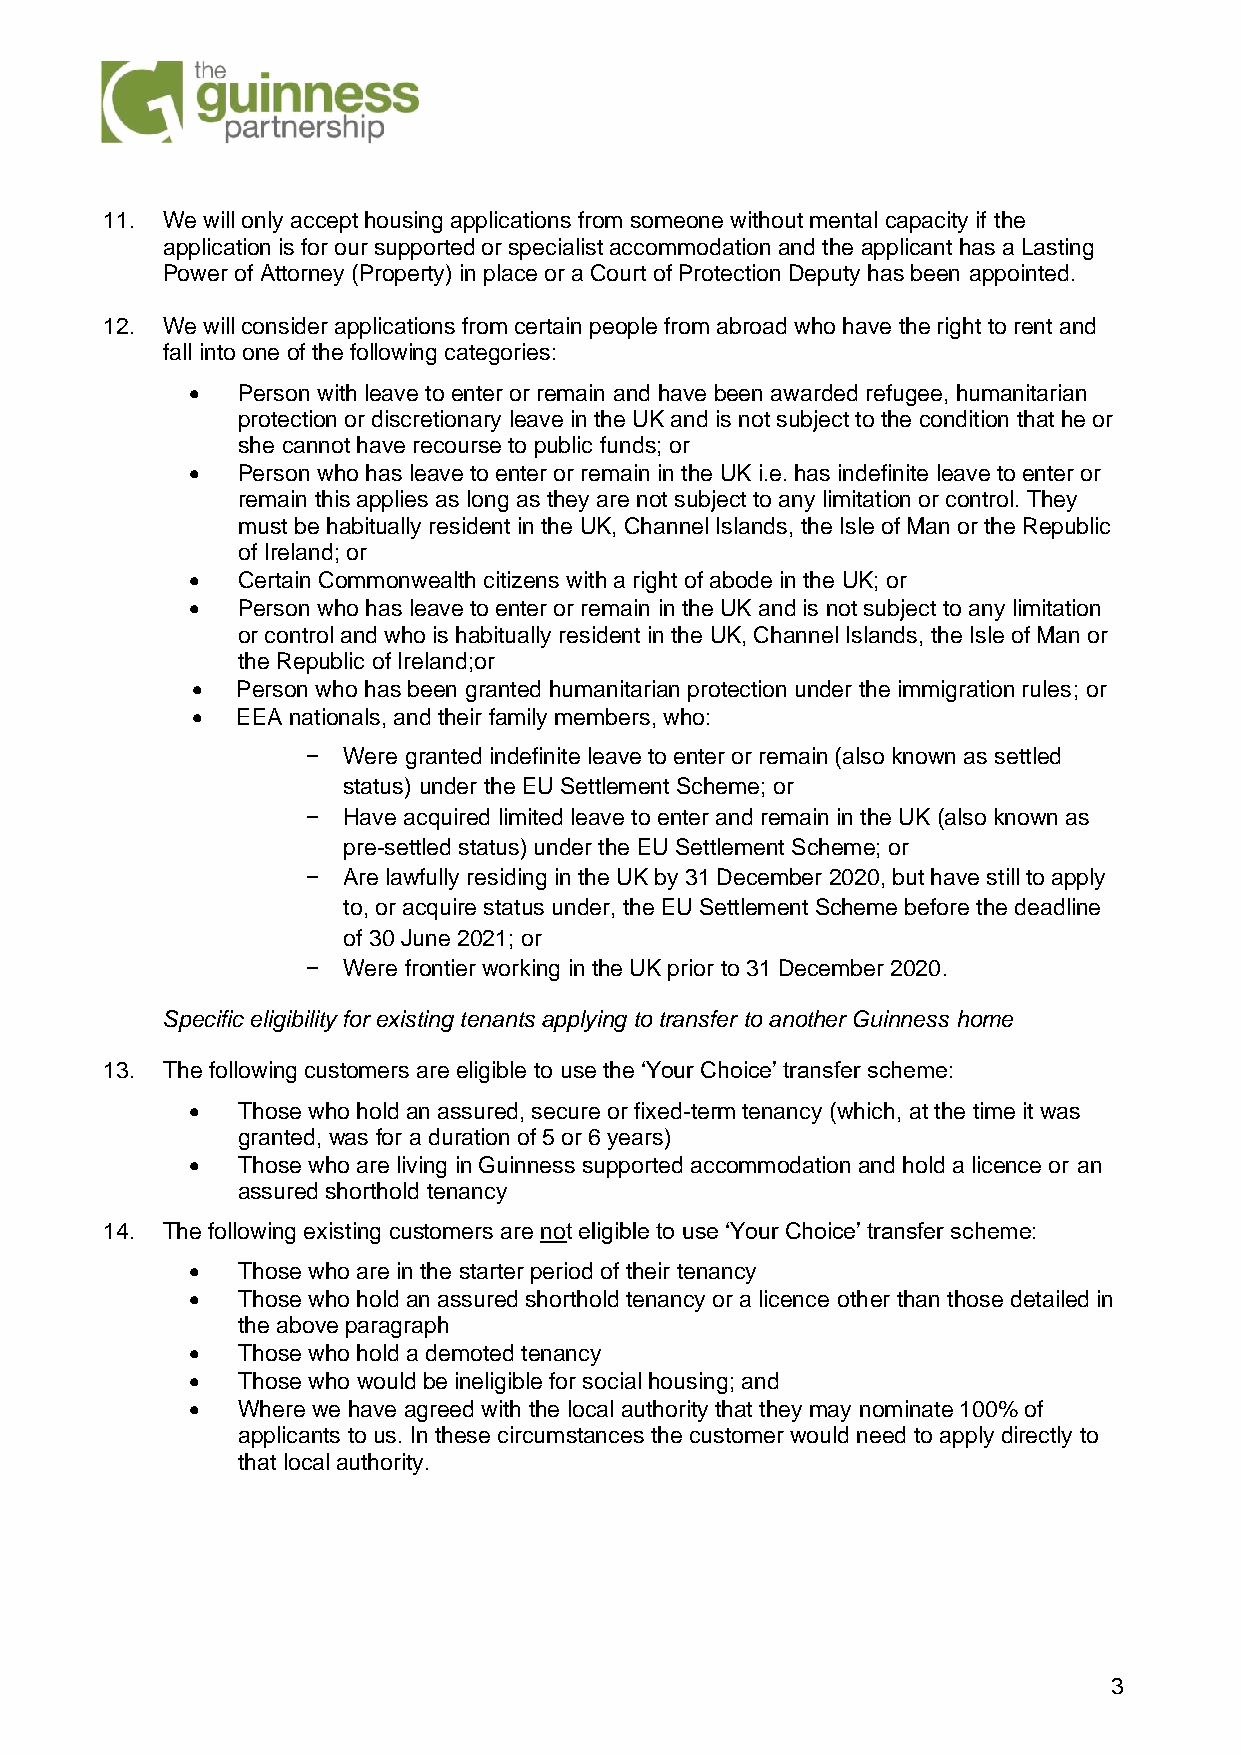
11. We will only accept housing applications from someone without mental capacity if the
 application is for our supported or specialist accommodation and the applicant has a Lasting
 Power of Attorney (Property) in place or a Court of Protection Deputy has been appointed.
 12. We will consider applications from certain people from abroad who have the right to rent and
 fall into one of the following categories:
 •  Person with leave to enter or remain and have been awarded refugee, humanitarian
 protection or discretionary leave in the UK and is not subject to the condition that he or
 she cannot have recourse to public funds; or
 •  Person who has leave to enter or remain in the UK i.e. has indefinite leave to enter or
 remain this applies as long as they are not subject to any limitation or control. They
 must be habitually resident in the UK, Channel Islands, the Isle of Man or the Republic
 of Ireland; or
 •  Certain Commonwealth citizens with a right of abode in the UK; or
 •  Person who has leave to enter or remain in the UK and is not subject to any limitation
 or control and who is habitually resident in the UK, Channel Islands, the Isle of Man or
 the Republic of Ireland;or
 •  Person who has been granted humanitarian protection under the immigration rules; or
 •  EEA nationals, and their family members, who:
 −  Were granted indefinite leave to enter or remain (also known as settled
 status) under the EU Settlement Scheme; or
 −  Have acquired limited leave to enter and remain in the UK (also known as
 pre-settled status) under the EU Settlement Scheme; or
 −  Are lawfully residing in the UK by 31 December 2020, but have still to apply
 to, or acquire status under, the EU Settlement Scheme before the deadline
 of 30 June 2021; or
 −  Were frontier working in the UK prior to 31 December 2020.
 Specific eligibility for existing tenants applying to transfer to another Guinness home
 13. The following customers are eligible to use the ‘Your Choice’ transfer scheme:
 •  Those who hold an assured, secure or fixed-term tenancy (which, at the time it was
 granted, was for a duration of 5 or 6 years)
 •  Those who are living in Guinness supported accommodation and hold a licence or an
 assured shorthold tenancy
 14. The following existing customers are not eligible to use ‘Your Choice’ transfer scheme:
 •  Those who are in the starter period of their tenancy
 •  Those who hold an assured shorthold tenancy or a licence other than those detailed in
 the above paragraph
 •  Those who hold a demoted tenancy
 •  Those who would be ineligible for social housing; and
 •  Where we have agreed with the local authority that they may nominate 100% of
 applicants to us. In these circumstances the customer would need to apply directly to
 that local authority.
 3